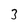
Character: 3